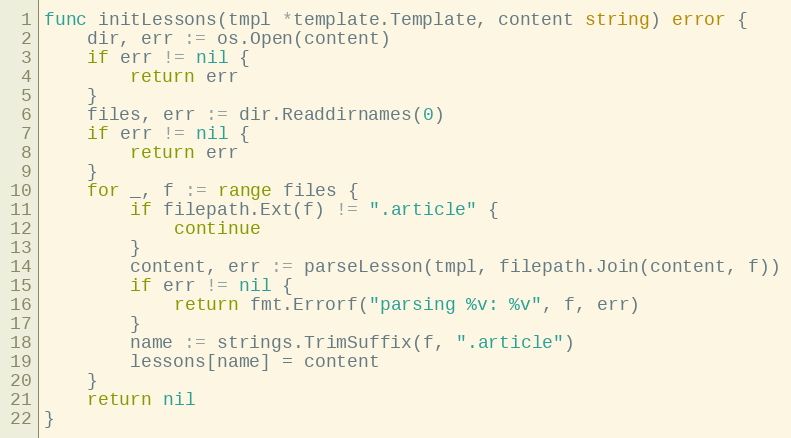
Language: Go
func initLessons(tmpl *template.Template, content string) error {
	dir, err := os.Open(content)
	if err != nil {
		return err
	}
	files, err := dir.Readdirnames(0)
	if err != nil {
		return err
	}
	for _, f := range files {
		if filepath.Ext(f) != ".article" {
			continue
		}
		content, err := parseLesson(tmpl, filepath.Join(content, f))
		if err != nil {
			return fmt.Errorf("parsing %v: %v", f, err)
		}
		name := strings.TrimSuffix(f, ".article")
		lessons[name] = content
	}
	return nil
}